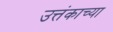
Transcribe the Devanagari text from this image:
उत्तंकाच्या